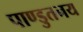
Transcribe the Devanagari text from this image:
पाण्डुतनय